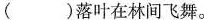
( )落叶在林间飞舞。